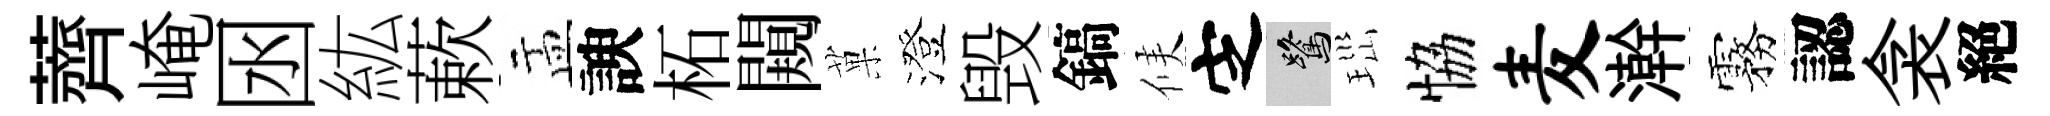
薺崦囦紘蔌盂諛柘闚菓澄毁鎬候㝎鷺𤤼恊麦澣霧認衾絕